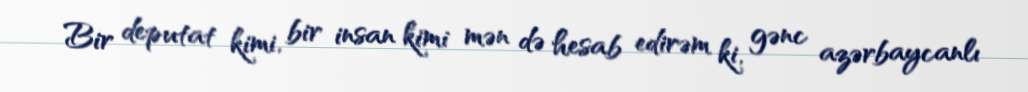
Bir deputat kimi, bir insan kimi mən də hesab edirəm ki, gənc azərbaycanlı